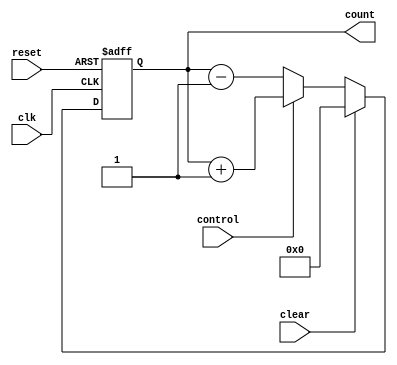
module UpDownCounter (
    input wire clk,
    input wire reset,
    input wire clear,
    input wire control,
    output reg [7:0] count
);

reg [7:0] next_count;

always @(posedge clk or posedge reset) begin
    if (reset) begin
        count <= 8'b00000000;
    end else if (clear) begin
        count <= 8'b00000000;
    end else begin
        if (control) begin
            next_count = count + 8'b00000001;
        end else begin
            next_count = count - 8'b00000001;
        end
        count <= next_count;
    end
end

endmodule